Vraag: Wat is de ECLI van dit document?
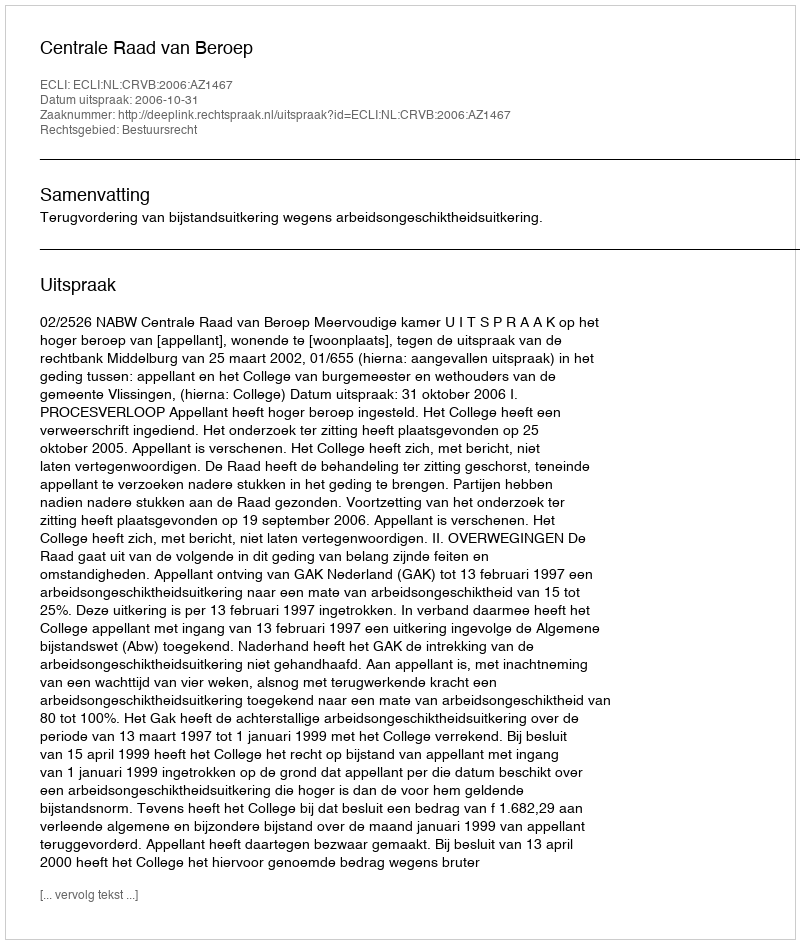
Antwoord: ECLI:NL:CRVB:2006:AZ1467